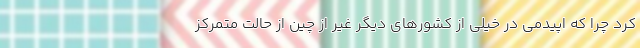
کرد چرا که اپیدمی در خیلی از کشورهای دیگر غیر از چین از حالت متمرکز